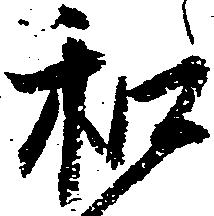
和